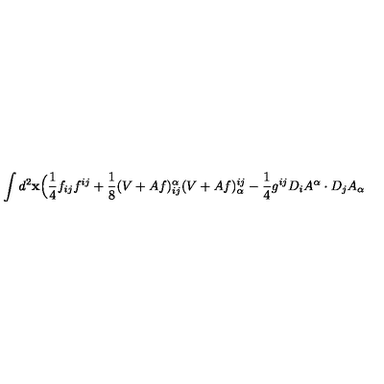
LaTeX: \int d ^ { 2 } \mathrm { \bf x } \Big ( \frac { 1 } { 4 } f _ { i j } f ^ { i j } + \frac { 1 } { 8 } ( V + A f ) _ { i j } ^ { \alpha } ( V + A f ) _ { \alpha } ^ { i j } - \frac { 1 } { 4 } g ^ { i j } D _ { i } A ^ { \alpha } \cdot D _ { j } A _ { \alpha }